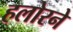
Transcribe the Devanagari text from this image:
हलोरने